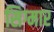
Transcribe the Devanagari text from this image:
सिग्मार